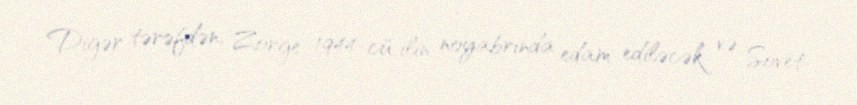
Digər tərəfdən, Zorge 1944-cü ilin noyabrında edam ediləcək və Sovet